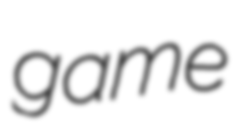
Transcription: game